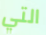
التي